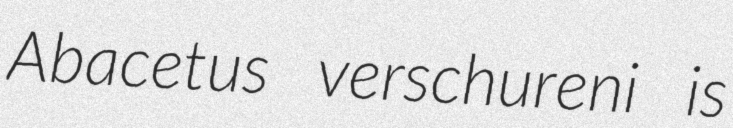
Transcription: Abacetus verschureni is